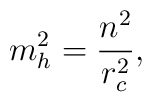
m^{2}_h=\frac{n^2}{r^{2}_c},